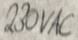
Text: 230VAC